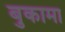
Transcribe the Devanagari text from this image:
बुकामा